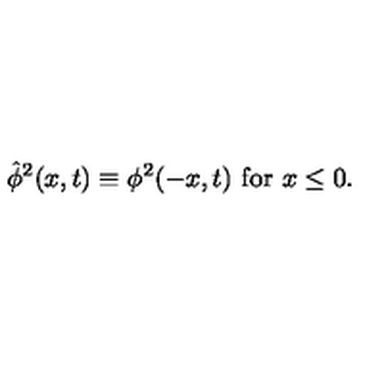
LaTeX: { \hat { \phi } } ^ { 2 } ( x , t ) \equiv \phi ^ { 2 } ( - x , t ) \ \mathrm { f o r } \ x \le 0 .